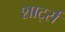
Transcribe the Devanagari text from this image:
शार्ट्स